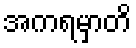
အကရမှာတိ